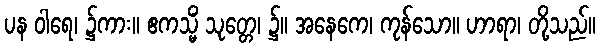
ပန ဝါရေ၊ ၌ကား။ ဧကသ္မိံ သုတ္တေ၊ ၌။ အနေကေ၊ ကုန်သော။ ဟာရာ၊ တို့သည်။